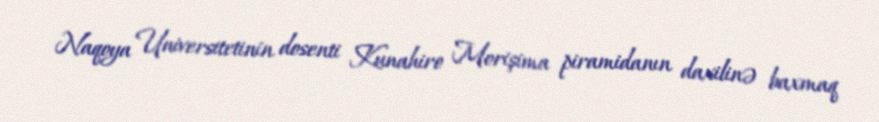
Naqoya Universitetinin dosenti Kunahiro Morişima piramidanın daxilinə baxmaq